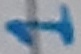
Text: 1